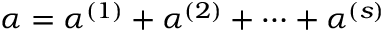
\alpha = \alpha ^ { ( 1 ) } + \alpha ^ { ( 2 ) } + \cdots + \alpha ^ { ( s ) }